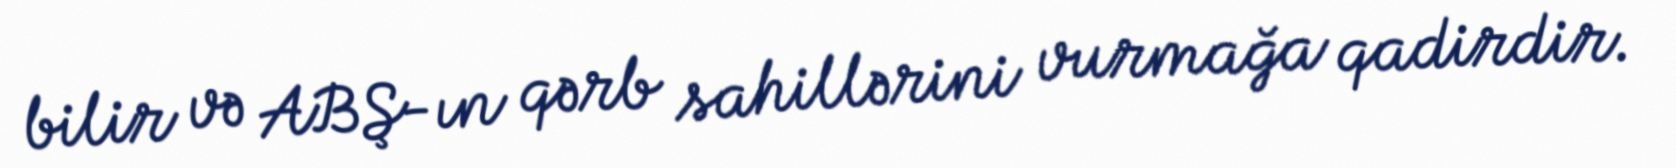
bilir və ABŞ-ın qərb sahillərini vurmağa qadirdir.